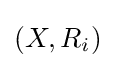
\left(X,R_{i}\right)